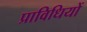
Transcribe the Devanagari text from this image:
प्राविधियों